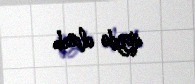
qeydə alınıb.